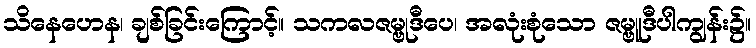
သိနေဟေန၊ ချစ်ခြင်းကြောင့်။ သကလဇမ္ဗုဒီပေ၊ အလုံးစုံသော ဇမ္ဗူဒီပါကျွန်း၌။